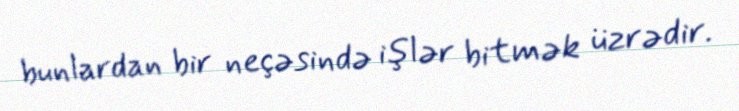
bunlardan bir neçəsində işlər bitmək üzrədir.